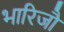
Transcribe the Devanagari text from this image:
भारिजौ